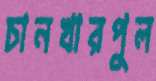
চানখারপুল